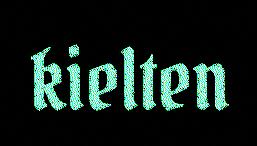
kielten